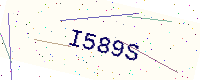
Text: I589S